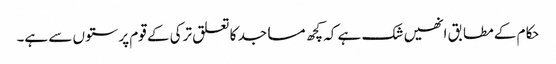
حکام کے مطابق انھیں شک ہے کہ کچھ مساجد کا تعلق ترکی کے قوم پرستوں سے ہے۔